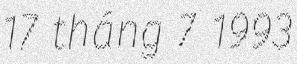
17 tháng 7 1993